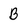
Character: B